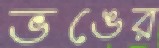
ভঙের